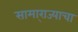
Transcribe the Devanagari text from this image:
सामा्राज्याचा